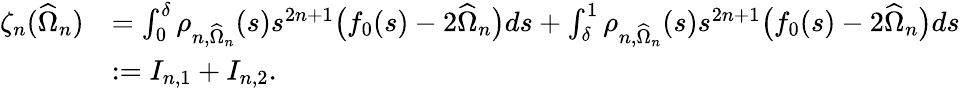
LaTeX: \begin{array}{rl}{\zeta_{n}(\widehat\Omega_{n})}&{=\int_{0}^{\delta}\rho_{n,\widehat\Omega_{n}}(s)s^{2n+1}\big(f_{0}(s)-2\widehat\Omega_{n}\big)ds+\int_{\delta}^{1}\rho_{n,\widehat\Omega_{n}}(s)s^{2n+1}\big(f_{0}(s)-2\widehat\Omega_{n}\big)ds}\\ &{:=I_{n,1}+I_{n,2}.}\end{array}